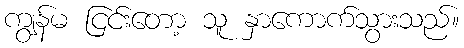
ကျွန်မ ငြင်းတော့ သူ နှာကောက်သွားသည်။